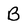
Character: B